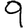
Digit: 9